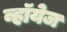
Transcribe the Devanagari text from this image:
व्हॉयेज